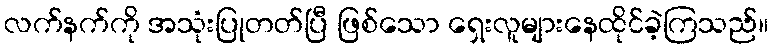
လက်နက်ကို အသုံးပြုတတ်ပြီ ဖြစ်သော ရှေးလူများနေထိုင်ခဲ့ကြသည်။